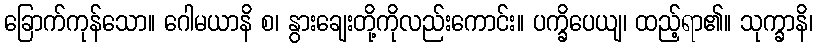
ခြောက်ကုန်သော။ ဂေါမယာနိ စ၊ နွားချေးတို့ကိုလည်းကောင်း။ ပက္ခိပေယျ၊ ထည့်ရာ၏။ သုက္ခာနိ၊